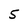
Character: 5